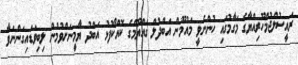
ރައީސުލްޖުމްހޫރިއްޔާގެ މަގާމުގައި ހުންނެވީ މައުމޫން އަބްދުލް ގައްޔޫމްގެ ކޮއްކޯފުޅު އަބްދު ޔާމީނަށްވުމުން ލިބިވަޑައިގަންނަވާ